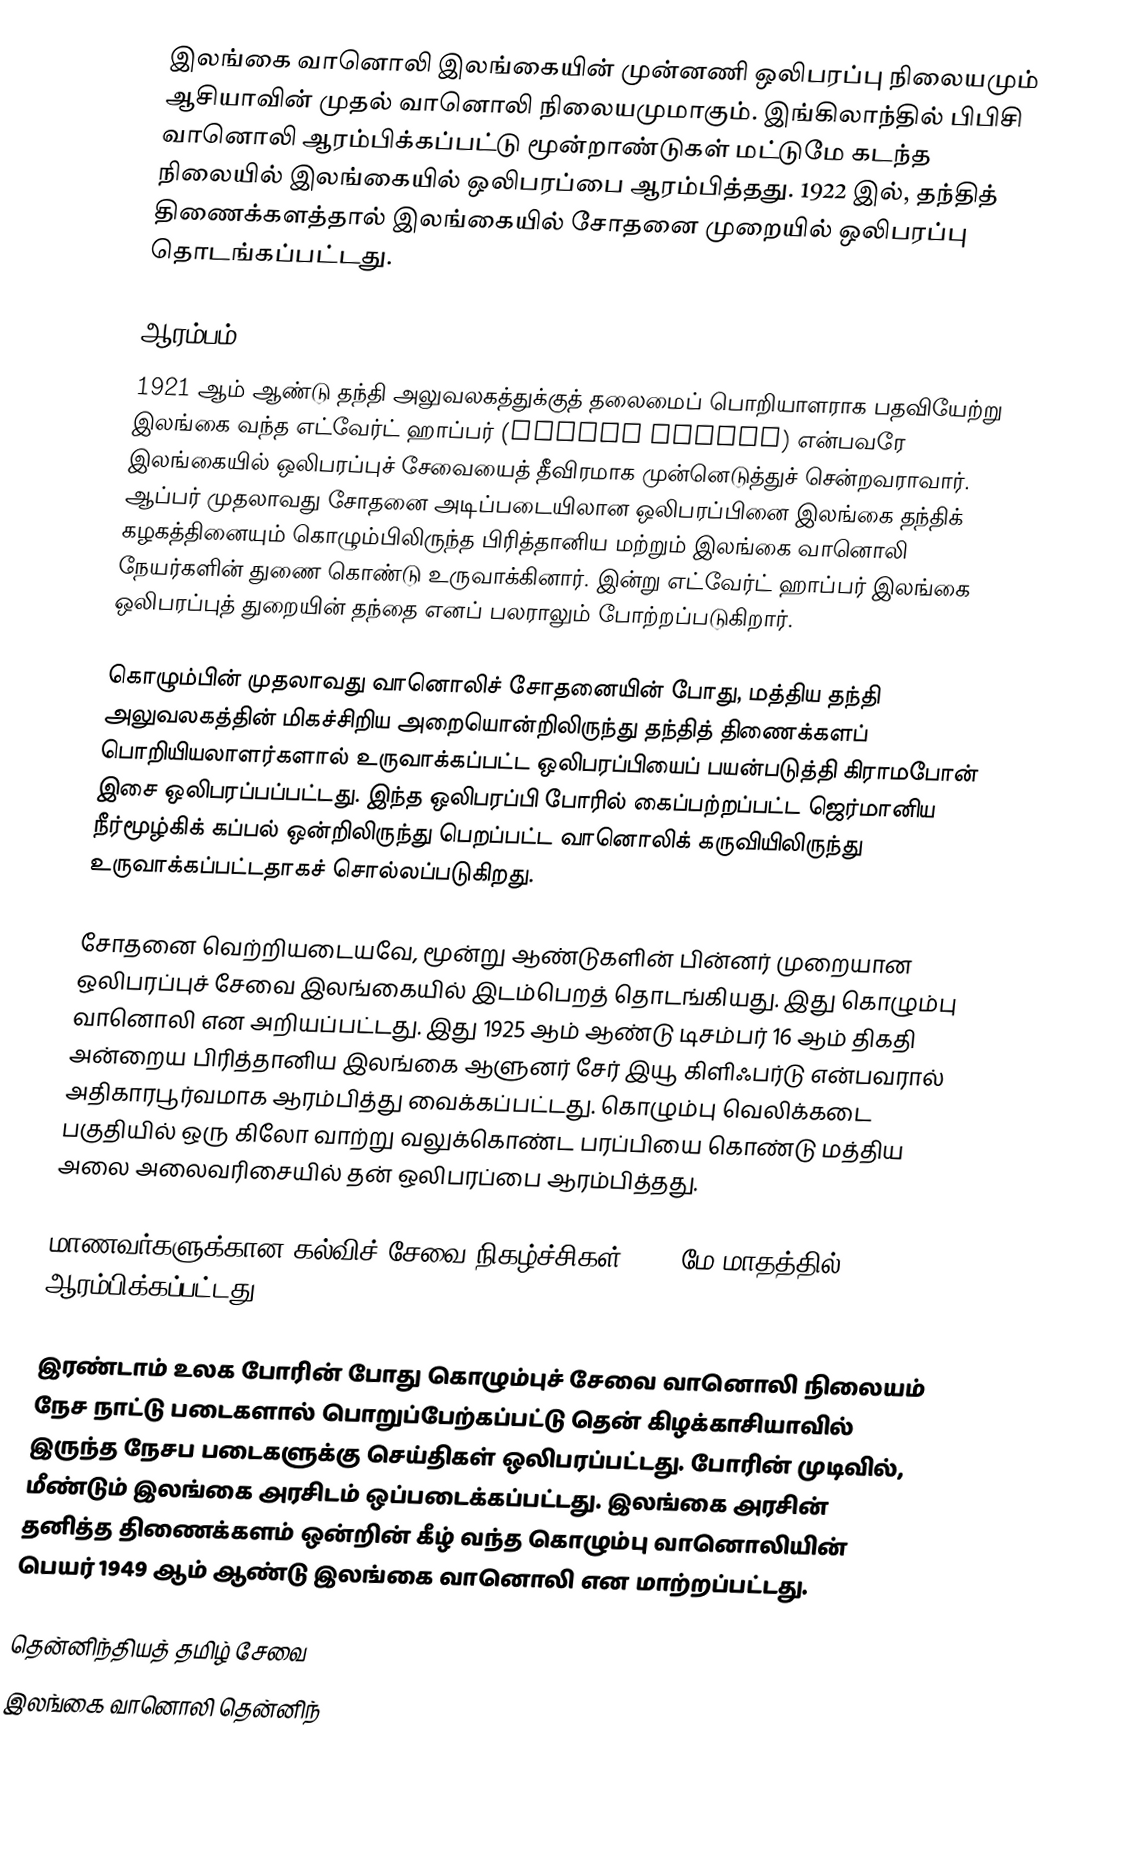
இலங்கை வானொலி இலங்கையின் முன்னணி ஒலிபரப்பு நிலையமும் ஆசியாவின் முதல் வானொலி நிலையமுமாகும். இங்கிலாந்தில் பிபிசி வானொலி ஆரம்பிக்கப்பட்டு மூன்றாண்டுகள் மட்டுமே கடந்த நிலையில் இலங்கையில் ஒலிபரப்பை ஆரம்பித்தது. 1922 இல், தந்தித் திணைக்களத்தால் இலங்கையில் சோதனை முறையில் ஒலிபரப்பு தொடங்கப்பட்டது.

ஆரம்பம்
1921 ஆம் ஆண்டு தந்தி அலுவலகத்துக்குத் தலைமைப் பொறியாளராக பதவியேற்று இலங்கை வந்த எட்வேர்ட் ஹாப்பர் (Edward Harper) என்பவரே இலங்கையில் ஒலிபரப்புச் சேவையைத் தீவிரமாக முன்னெடுத்துச் சென்றவராவார். ஆப்பர் முதலாவது சோதனை அடிப்படையிலான ஒலிபரப்பினை இலங்கை தந்திக் கழகத்தினையும் கொழும்பிலிருந்த பிரித்தானிய மற்றும் இலங்கை வானொலி நேயர்களின் துணை கொண்டு உருவாக்கினார். இன்று எட்வேர்ட் ஹாப்பர் இலங்கை ஒலிபரப்புத் துறையின் தந்தை எனப் பலராலும் போற்றப்படுகிறார்.

கொழும்பின் முதலாவது வானொலிச் சோதனையின் போது, மத்திய தந்தி அலுவலகத்தின் மிகச்சிறிய அறையொன்றிலிருந்து தந்தித் திணைக்களப் பொறியியலாளர்களால் உருவாக்கப்பட்ட ஒலிபரப்பியைப் பயன்படுத்தி கிராமபோன் இசை ஒலிபரப்பப்பட்டது. இந்த ஒலிபரப்பி போரில் கைப்பற்றப்பட்ட ஜெர்மானிய நீர்மூழ்கிக் கப்பல் ஒன்றிலிருந்து பெறப்பட்ட வானொலிக் கருவியிலிருந்து உருவாக்கப்பட்டதாகச் சொல்லப்படுகிறது.

சோதனை வெற்றியடையவே, மூன்று ஆண்டுகளின் பின்னர் முறையான ஒலிபரப்புச் சேவை இலங்கையில் இடம்பெறத் தொடங்கியது. இது கொழும்பு வானொலி என அறியப்பட்டது. இது 1925 ஆம் ஆண்டு டிசம்பர் 16 ஆம் திகதி அன்றைய பிரித்தானிய இலங்கை ஆளுனர் சேர் இயூ கிளிஃபர்டு என்பவரால் அதிகாரபூர்வமாக ஆரம்பித்து வைக்கப்பட்டது. கொழும்பு வெலிக்கடை பகுதியில் ஒரு கிலோ வாற்று வலுக்கொண்ட பரப்பியை கொண்டு மத்திய அலை அலைவரிசையில்  தன் ஒலிபரப்பை ஆரம்பித்தது.

மாணவர்களுக்கான கல்விச் சேவை நிகழ்ச்சிகள் 1931 மே மாதத்தில் ஆரம்பிக்கப்பட்டது.

இரண்டாம் உலக போரின் போது கொழும்புச் சேவை வானொலி நிலையம் நேச நாட்டு படைகளால் பொறுப்பேற்கப்பட்டு தென் கிழக்காசியாவில் இருந்த நேசப படைகளுக்கு செய்திகள் ஒலிபரப்பட்டது. போரின் முடிவில், மீண்டும் இலங்கை அரசிடம் ஒப்படைக்கப்பட்டது. இலங்கை அரசின் தனித்த திணைக்களம் ஒன்றின் கீழ் வந்த கொழும்பு வானொலியின் பெயர் 1949 ஆம் ஆண்டு இலங்கை வானொலி என மாற்றப்பட்டது.

தென்னிந்தியத் தமிழ் சேவை
இலங்கை வானொலி தென்னிந்